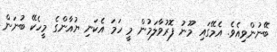
ބޭނުންވިއެވެ. އެމޭގައި މޫނު ފޮރުވާލަމުން މީ ހަމަ އެކަނި ޔުއާންގެ މީހެކޭ ބުނަން